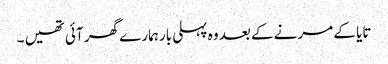
تایا کے مرنے کے بعد وہ پہلی بار ہمارے گھر آئی تھیں ۔